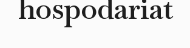
hospodariat